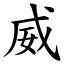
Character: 威